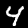
Digit: 4